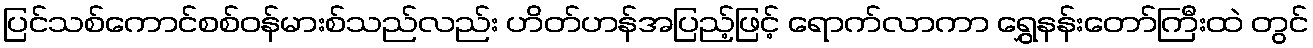
ပြင်သစ်ကောင်စစ်ဝန်မားစ်သည်လည်း ဟိတ်ဟန်အပြည့်ဖြင့် ရောက်လာကာ ရွှေနန်းတော်ကြီးထဲ တွင်